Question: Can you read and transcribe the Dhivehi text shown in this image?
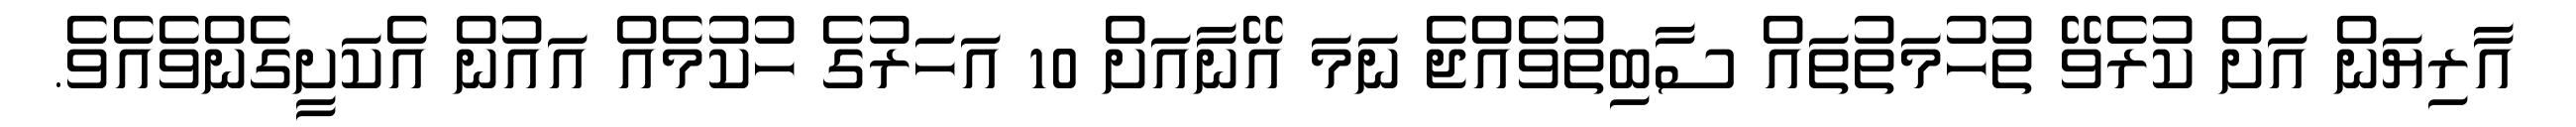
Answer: އާރިޔަން އަށް ކުރެވޭ ތުހުމަތުތައް ސާބިތުވެއްޖެ ނަމަ އޭނާއަށް 10 އަހަރުގެ ހުކުމެއް އައުން އެކަށީގެންވެއެވެ.